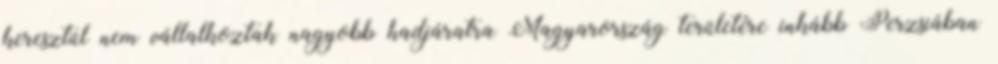
keresztül nem vállalkoztak nagyobb hadjáratra Magyarország területére inkább Perzsiában